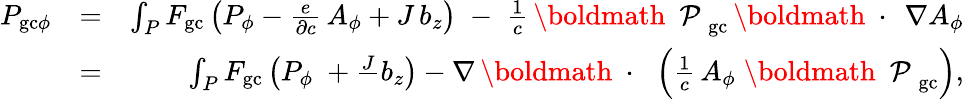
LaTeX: \begin{array}{rlr}{P_{\mathrm{gc}\phi}}&{=}&{\int_{P}F_{\mathrm{gc}}\left(P_{\phi}-\frac{e}{\partial c}\, A_{\phi}+J\, b_{z}\right)\; -\; \frac{1}{c}\, \mathrm{\boldmath~\cal~P~}_{\mathrm{gc}}\, \mathrm{\boldmath~\cdot~}\, \nabla A_{\phi}}\\ &{=}&{\int_{P}F_{\mathrm{gc}}\left(P_{\phi}\; +\frac J\, b_{z}\right)-\nabla\, \mathrm{\boldmath~\cdot~}\, \left(\frac{1}{c}\, A_{\phi}\; \mathrm{\boldmath~\cal~P~}_{\mathrm{gc}}\right),}\end{array}